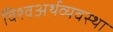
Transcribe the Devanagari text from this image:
विश्वअर्थव्यवस्था